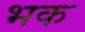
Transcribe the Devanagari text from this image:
भक